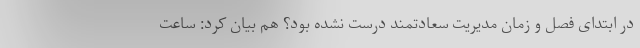
در ابتدای فصل و زمان مدیریت سعادتمند درست نشده بود؟ هم بیان کرد: ساعت